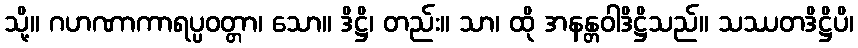
သို့။ ဂဟဏာကာရပ္ပဝတ္တာ၊ သော။ ဒိဋ္ဌိ၊ တည်း။ သာ၊ ထို အနန္တဝါဒိဋ္ဌိသည်။ သဿတဒိဋ္ဌိပိ၊